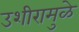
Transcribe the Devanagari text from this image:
उशीरामुळे